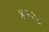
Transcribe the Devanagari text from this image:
४१२८